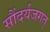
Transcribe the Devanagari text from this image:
सौंदर्यजगत्